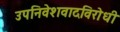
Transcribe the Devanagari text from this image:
उपनिवेशवादविरोधी